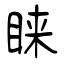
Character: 睐